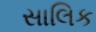
સાલિક